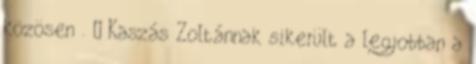
közösen . – Kaszás Zoltánnak sikerült a legjobban a